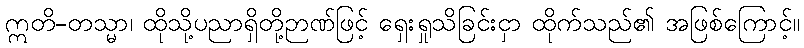
ဣတိ-တသ္မာ၊ ထိုသို့ပညာရှိတို့ဉာဏ်ဖြင့် ရှေးရှုသိခြင်းငှာ ထိုက်သည်၏ အဖြစ်ကြောင့်။